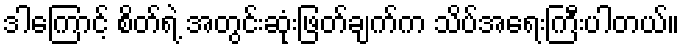
ဒါကြောင့် စိတ်ရဲ့ အတွင်းဆုံးဖြတ်ချက်က သိပ်အရေးကြီးပါတယ်။